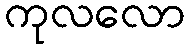
ကုလလော